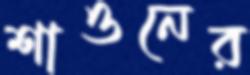
শাওনের